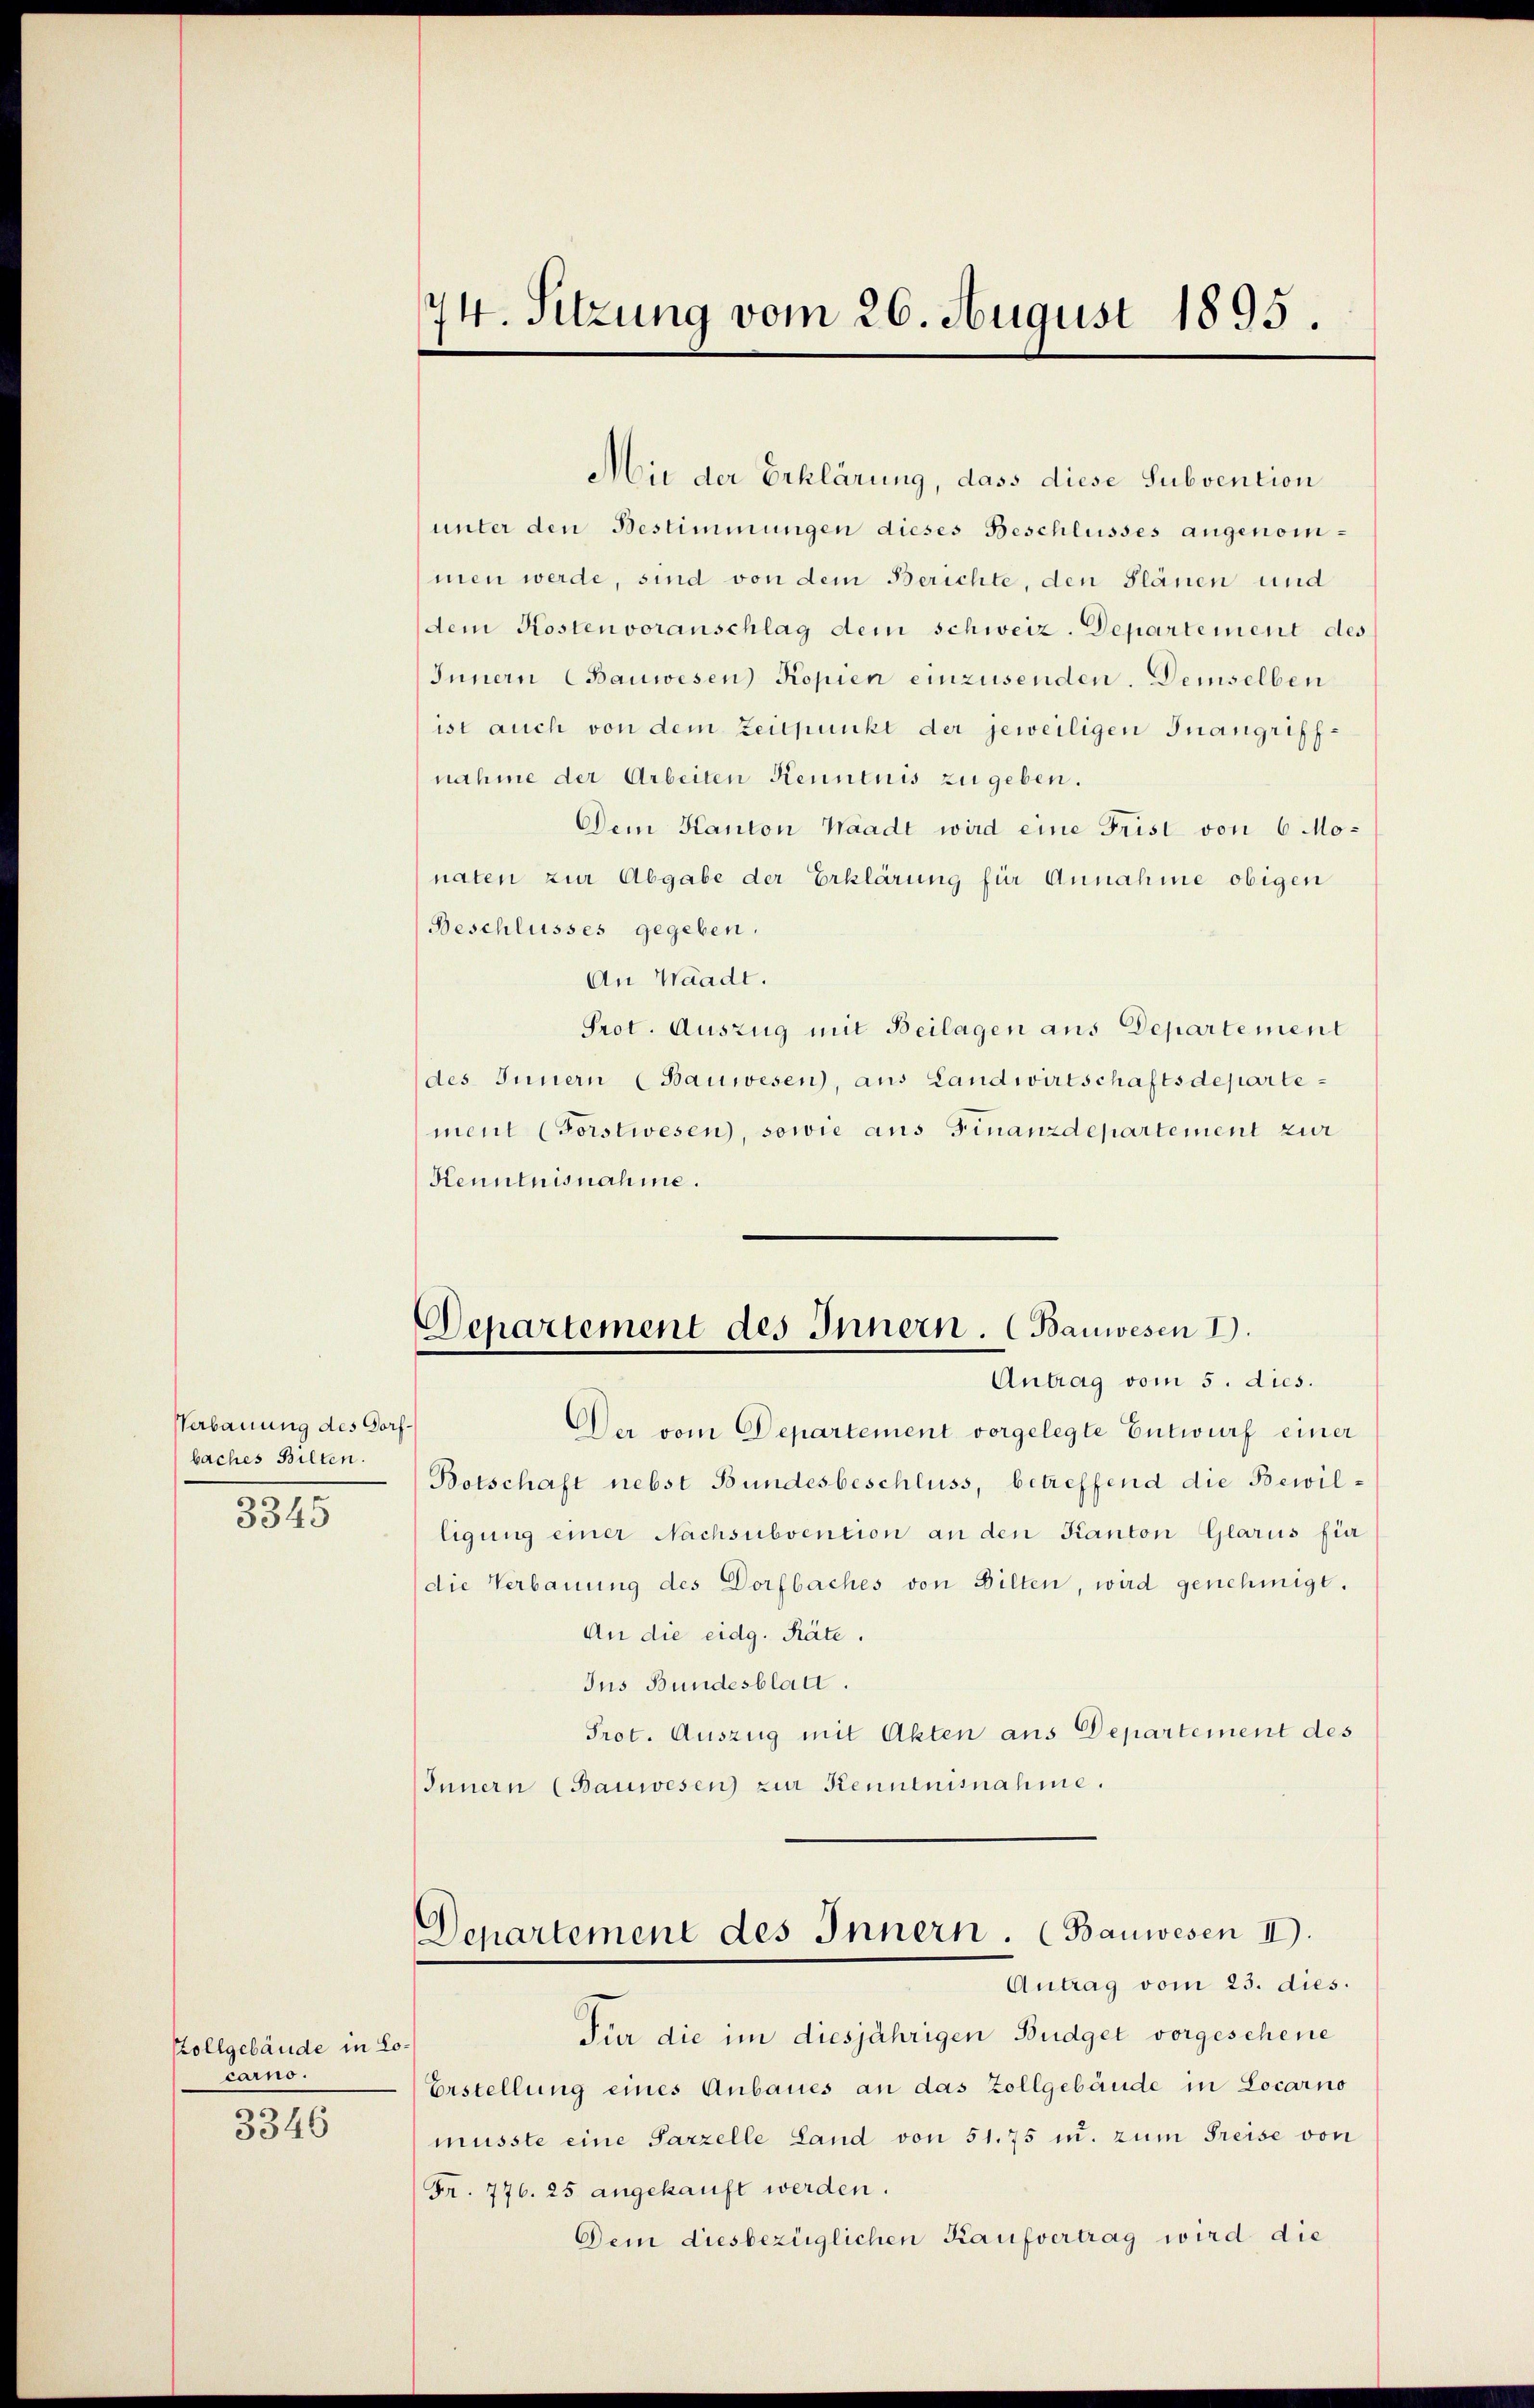
Verbauung des Dorfbaches Bilten.

3345

Pollgebäude in Lo¬
Lains.
3346

74. Sitzung vom 26. August 1895.

Departement des Innern. (Bauwesen I.
Antrag vom 5. dies.

Mit der Erklärung, dass diese Subvention
unter den Bestimmungen dieses Beschlusses angenommen werde, sind von dem Berichte, den Plänen und
dem Kosten voranschlag dem schweiz. Departement des
Innern (Bauwesen Kopien einzusenden. Demselben
ist auch von dem Zeitpunkt der jeweiligen Inangriffnahme der Arbeiten Kenntnis zu geben.
Dem Kanton Waadt wird eine Frist von 6 Monaten zur Abgabe der Erklärung für Annahme obigen
Beschlusses gegeben.
An Waadt.
Prot. Auszug mit Beilagen aus Departement
des Innern (Bauwesen, aus Landwirtschaftsdepartement (Forstwesen, sowie aus Finanzdepartement zur
Kenntnisnahme.
Der vom Departement vorgelegte Entwurf einer
Botschaft nebst Bundesbeschluss, betreffend die Bewilligung einer Nachsubvention an den Kanton Glarus für
die Verbauung des Dorfbaches von Bilten, wird genehmigt.
An die eidg. Räte.
Ins Bundesblatt.
Prot. Auszug mit Akten aus Departement des
Innern (Bauwesen zur Kenntnisnahme.
Departement des Innern. (Bauwesen II.
Antrag vom 23. dies
Für die im diesjährigen Budget vorgeschene
Erstellung eines Anbaues an das Zollgebäude in Locarno
müsste eine Parzelle Land von 51. 75 u. zum Freise von
(Fr. 776. 25 angekauft werden.
Dem diesbezüglichen Kaufvertrag wird die